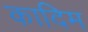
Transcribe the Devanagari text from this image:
कादिम